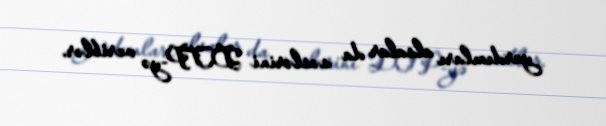
yardımları alsalar da səslərini DTP-yə veriblər.